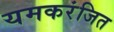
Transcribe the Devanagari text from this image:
यमकरंजित